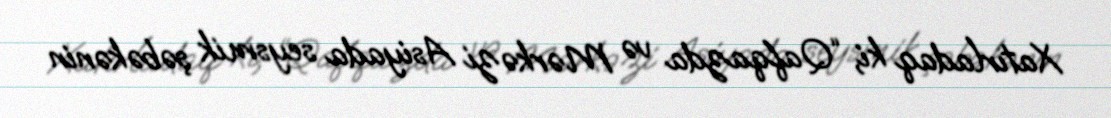
Xatırladaq ki, “Qafqazda və Mərkəzi Asiyada seysmik şəbəkənin